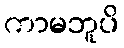
ကာမဘူပိ